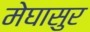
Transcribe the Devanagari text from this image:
मेघासुर